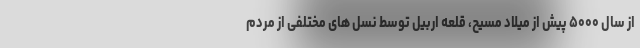
از سال ۵۰۰۰ پیش از میلاد مسیح، قلعه اربیل توسط نسل های مختلفی از مردم